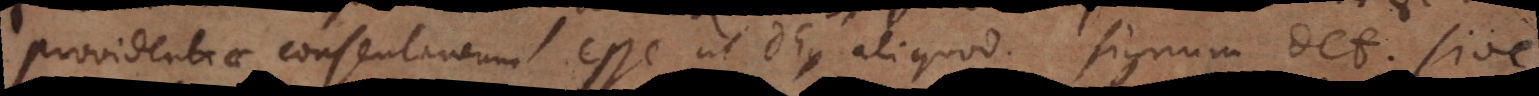
providentiae consentaneum esse ut Deus aliquod signum det; sive